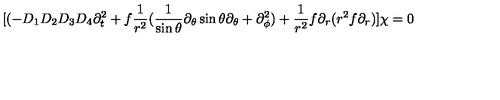
[ ( - D _ { 1 } D _ { 2 } D _ { 3 } D _ { 4 } \partial _ { t } ^ { 2 } + f { \frac { 1 } { r ^ { 2 } } } ( { \frac { 1 } { \sin \theta } } \partial _ { \theta } \sin \theta \partial _ { \theta } + \partial _ { \phi } ^ { 2 } ) + { \frac { 1 } { r ^ { 2 } } } f \partial _ { r } ( r ^ { 2 } f \partial _ { r } ) ] \chi = 0